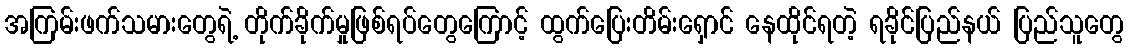
အကြမ်းဖက်သမားတွေရဲ့ တိုက်ခိုက်မှုဖြစ်ရပ်တွေကြောင့် ထွက်ပြေးတိမ်းရှောင် နေထိုင်ရတဲ့ ရခိုင်ပြည်နယ် ပြည်သူတွေ